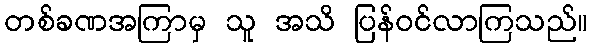
တစ်ခဏအကြာမှ သူ အသိ ပြန်ဝင်လာကြသည်။